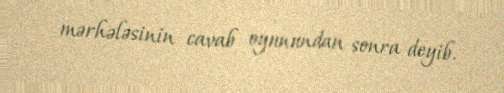
mərhələsinin cavab oyunundan sonra deyib.